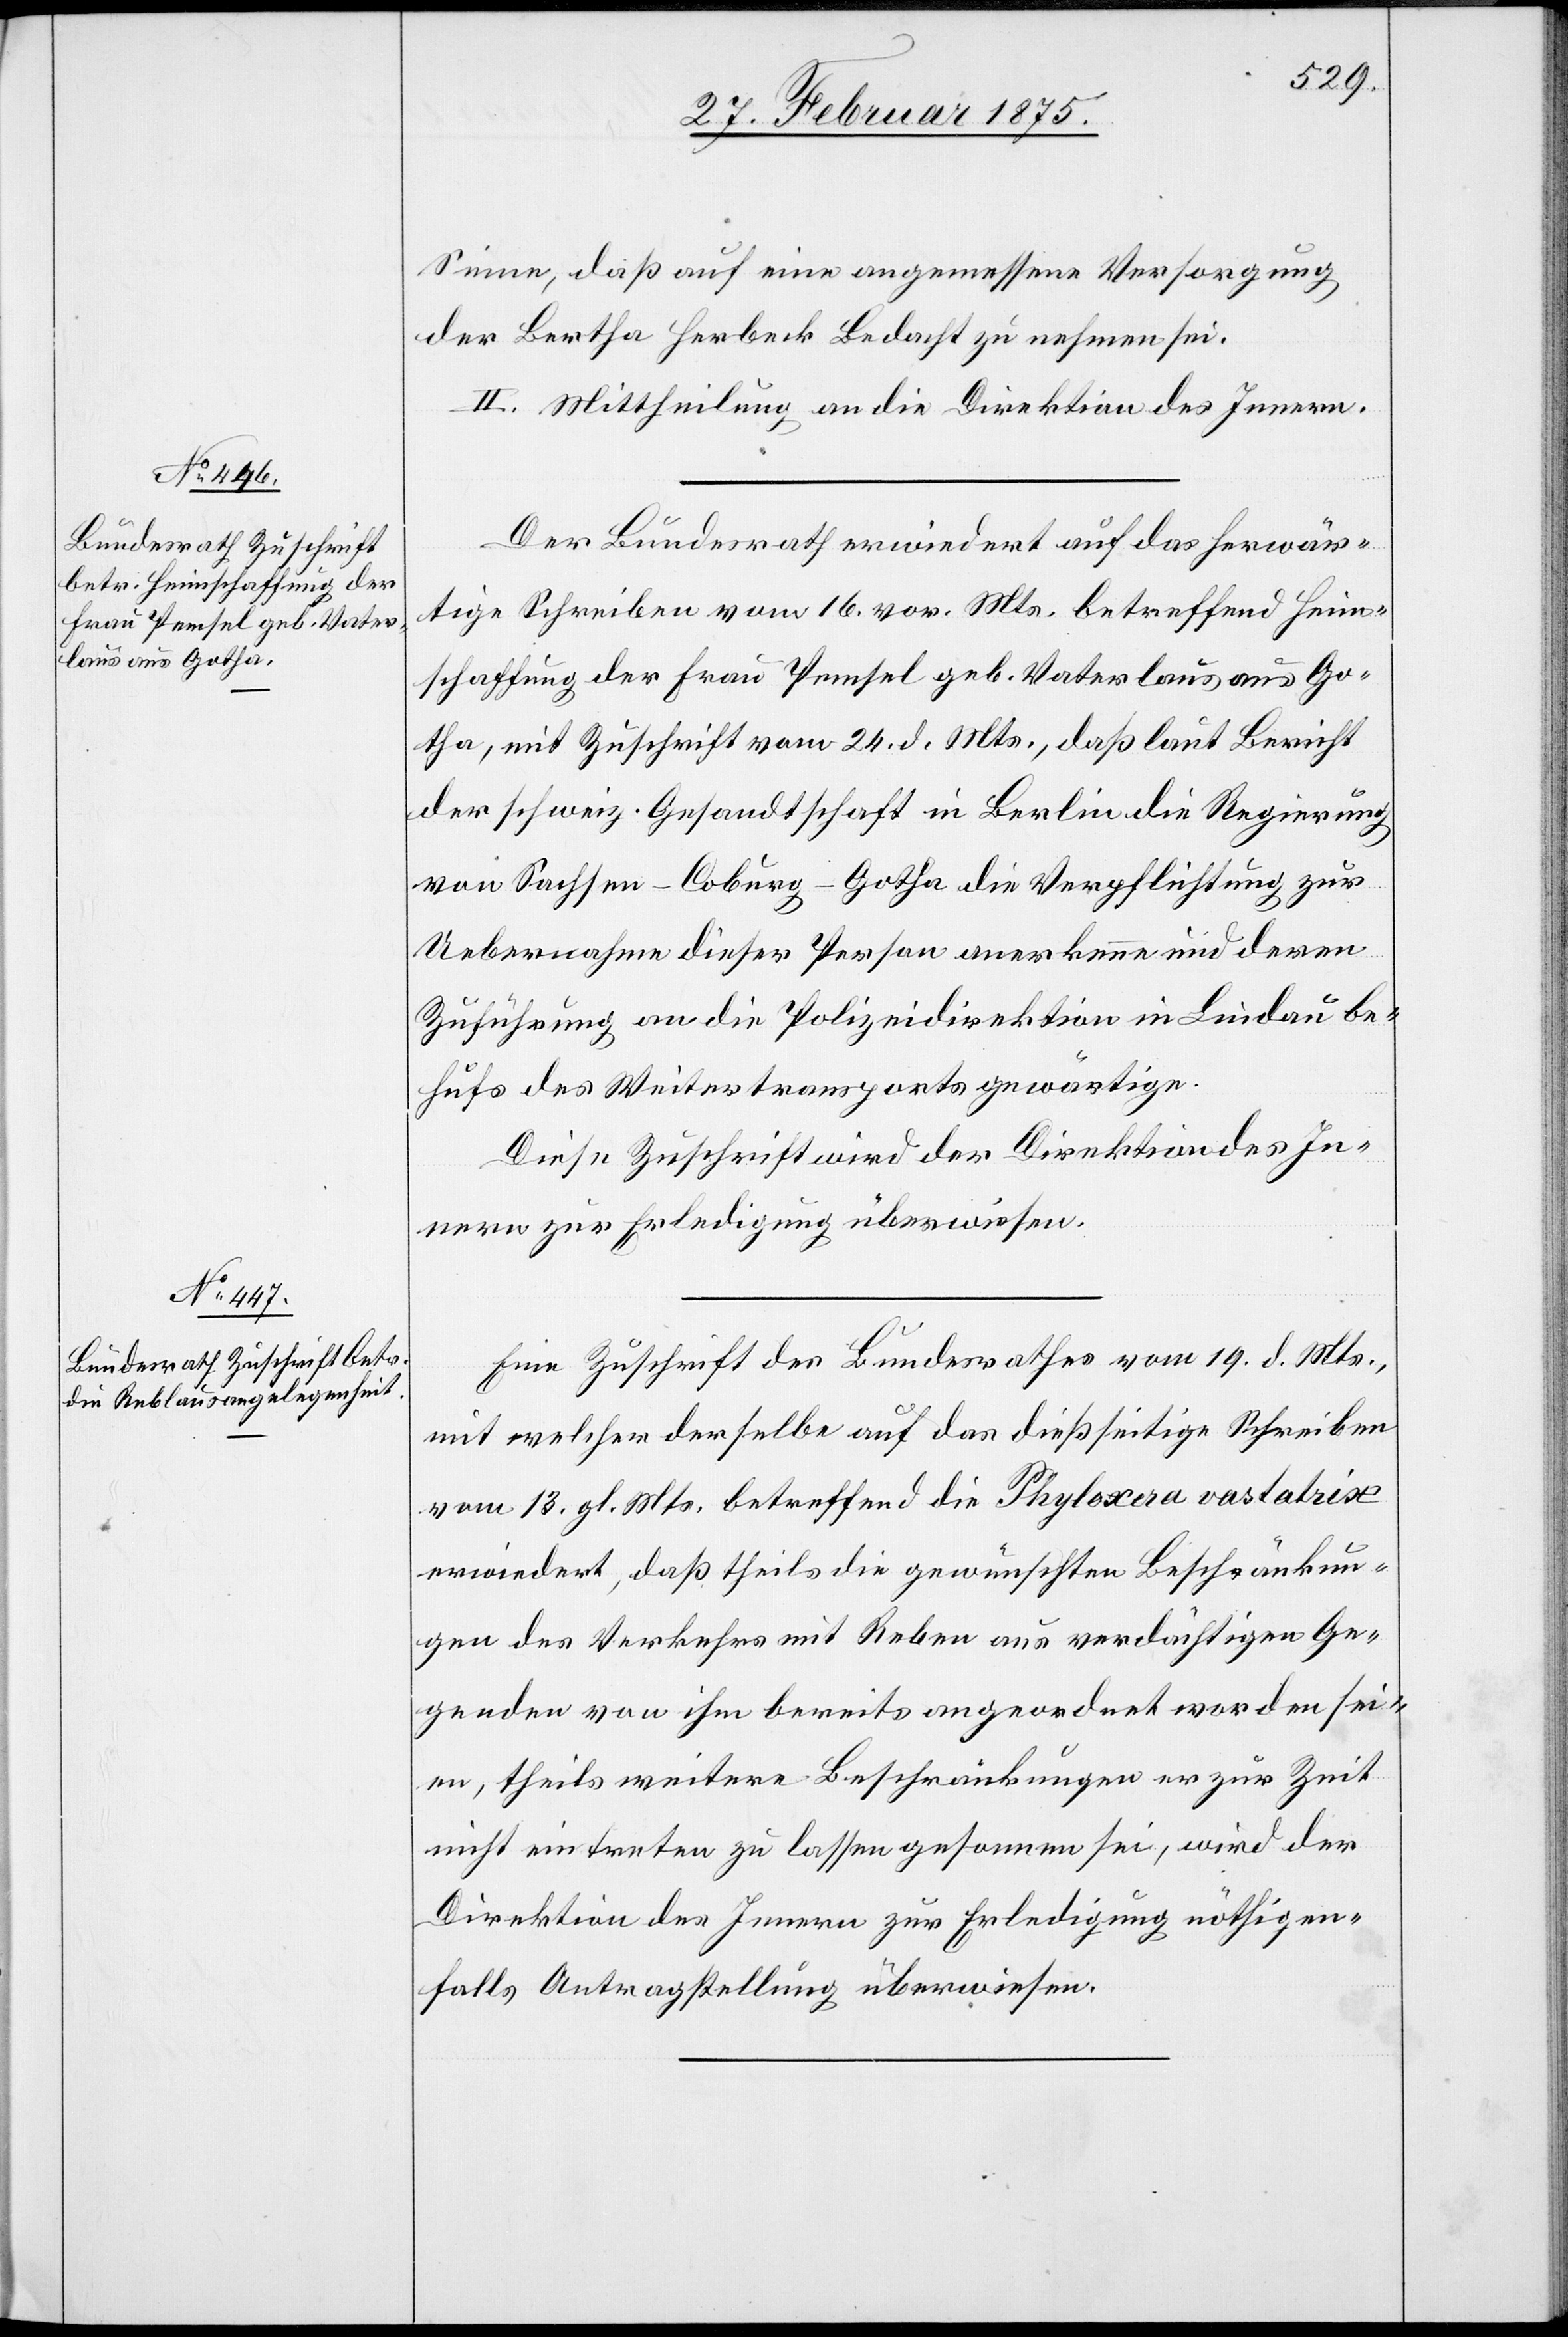
Sinne, daß auf eine angemessene Versorgung
der Bertha Herbeck Bedacht zu nehmen sei.
II. Mittheilung an die Direktion des Innern.
Der Bundesrath erwiedert auf das herwär¬
tige Schreiben vom 16. vor. Mts. betreffend Heim¬
schaffung der Frau Pemsel geb. Vaterlaus aus Go¬
tha, mit Zuschrift vom 24. d. Mts., daß laut Bericht
der schweiz. Gesandtschaft in Berlin die Regierung
von Sachsen-Coburg-Gotha die Verpflichtung zur
Uebernahme dieser Person anerkenne und deren
Zuführung an die Polizeidirektion in Lindau be¬
hufs des Weitertransports gewärtige.
Diese Zuschrift wird der Direktion des In¬
nern zur Erledigung überwiesen.
Eine Zuschrift des Bundesrathes vom 19. d. Mts.,
mit welcher derselbe auf das dießseitige Schreiben
vom 13. gl. Mts. betreffend die Phyloxera vastatrix
erwiedert, daß theils die gewünschten Beschränkun¬
gen des Verkehrs mit Reben aus verdächtigen Ge¬
genden von ihm bereits angeordnet worden sei¬
en, theils weitere Beschränkungen er zur Zeit
nicht eintreten zu lassen gesonnen sei, wird der
Direktion des Innern zur Erledigung nöthigen¬
falls Antragstellung überwiesen.